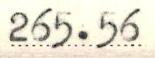
265.56